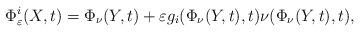
LaTeX: \begin{align*} \Phi_\varepsilon^i(X,t) = \Phi_\nu(Y,t)+\varepsilon g_i(\Phi_\nu(Y,t),t)\nu(\Phi_\nu(Y,t),t), \end{align*}